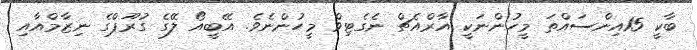
ބާކީ 15އިންސައްތަ މީހުންނަކީ އާރްއެޗް ނެގެޓިވް މީހުންނެވެ. އޭބީއޯ ލޭގެ ގުރޫޕްގެ ނިޒާމްއާއި